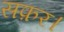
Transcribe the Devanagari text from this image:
सफ़र।